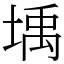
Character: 㙖